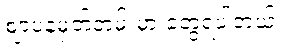
ဈာပနမှတ်တမ်းမှာ တွေ့ရပါတယ်။